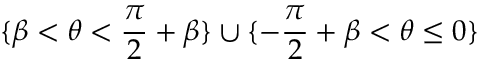
\{ \beta < \theta < \frac { \pi } { 2 } + \beta \} \cup \{ - \frac { \pi } { 2 } + \beta < \theta \leq 0 \}